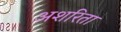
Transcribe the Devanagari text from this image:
अशरिता